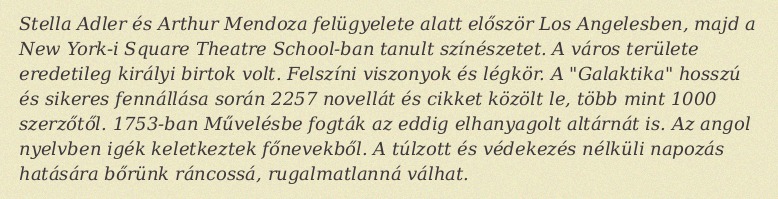
Stella Adler és Arthur Mendoza felügyelete alatt először Los Angelesben, majd a New York-i Square Theatre School-ban tanult színészetet. A város területe eredetileg királyi birtok volt. Felszíni viszonyok és légkör. A "Galaktika" hosszú és sikeres fennállása során 2257 novellát és cikket közölt le, több mint 1000 szerzőtől. 1753-ban Művelésbe fogták az eddig elhanyagolt altárnát is. Az angol nyelvben igék keletkeztek főnevekből. A túlzott és védekezés nélküli napozás hatására bőrünk ráncossá, rugalmatlanná válhat.